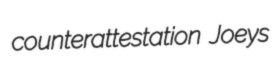
counterattestation Joeys